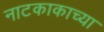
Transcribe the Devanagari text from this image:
नाटकाकाच्या